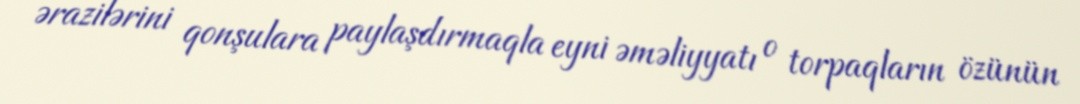
ərazilərini qonşulara paylaşdırmaqla eyni əməliyyatı o torpaqların özünün